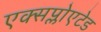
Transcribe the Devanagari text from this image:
एक्सप्लोएटेड